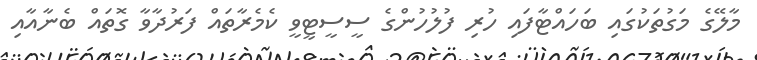
މާލޭގެ މަގުތަކުގައި ބަހައްޓާފައި ހުރި ފުލުހުންގެ ސީސީޓީވީ ކެމެރާތައް ފަރުދާވާ ގޮތައް ބެނާއާއި